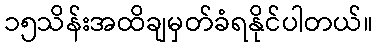
၁၅သိန်းအထိချမှတ်ခံရနိုင်ပါတယ်။